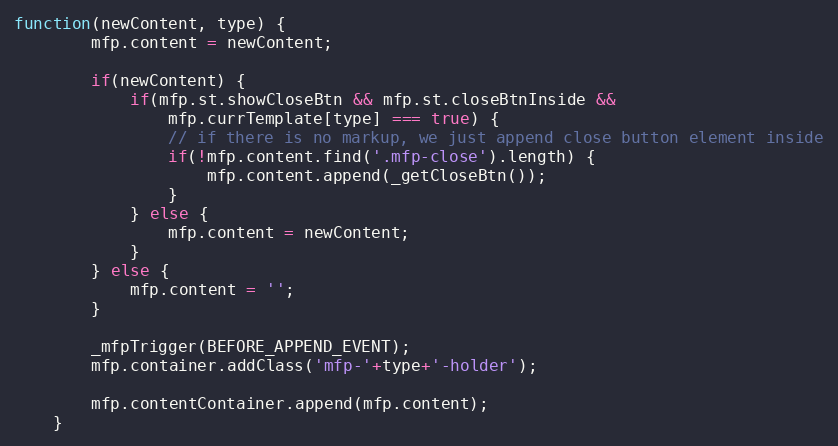
Language: JavaScript
function(newContent, type) {
		mfp.content = newContent;

		if(newContent) {
			if(mfp.st.showCloseBtn && mfp.st.closeBtnInside &&
				mfp.currTemplate[type] === true) {
				// if there is no markup, we just append close button element inside
				if(!mfp.content.find('.mfp-close').length) {
					mfp.content.append(_getCloseBtn());
				}
			} else {
				mfp.content = newContent;
			}
		} else {
			mfp.content = '';
		}

		_mfpTrigger(BEFORE_APPEND_EVENT);
		mfp.container.addClass('mfp-'+type+'-holder');

		mfp.contentContainer.append(mfp.content);
	}